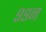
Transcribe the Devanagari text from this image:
९९न